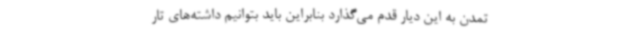
تمدن به این دیار قدم می‌گذارد بنابراین باید بتوانیم داشته‌های تار